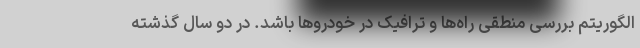
الگوریتم بررسی منطقی راه‌ها و ترافیک در خودروها باشد. در دو سال گذشته